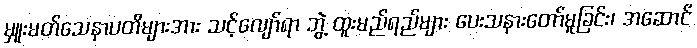
မှူးမတ်သေနာပတိများအား သင့်လျော်ရာ ဘွဲ့ ထူးမည်ရည်များ ပေးသနားတော်မူခြင်း၊ အဆောင်